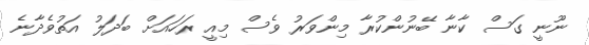
ނޫނީ ގަސް ކާނާ ބޭނުންކުރާ މިންވަރު ވެސް މިއީ ރަހައަށް ބަދަލު އަތުވެދާނެ